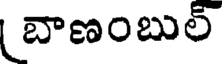
బాణంబుల్